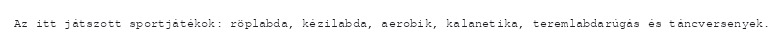
Az itt játszott sportjátékok: röplabda, kézilabda, aerobik, kalanetika, teremlabdarúgás és táncversenyek.